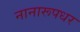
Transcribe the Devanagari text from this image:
नानारूपधर